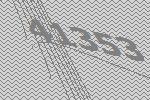
41353